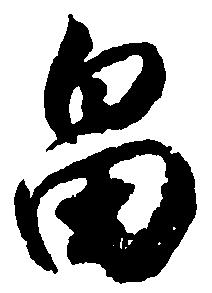
畠